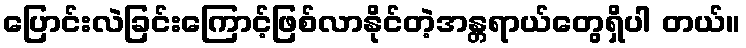
ပြောင်းလဲခြင်းကြောင့်ဖြစ်လာနိုင်တဲ့အန္တရာယ်တွေရှိပါ တယ်။